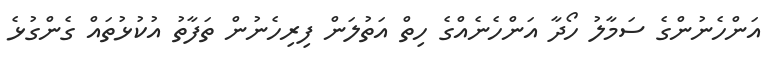
އަންހެނުންގެ ސަމާލު ހޯދާ އަންހެނެއްގެ ހިތް އަތުލަން ފިރިހެނުން ތަފާތު އުކުޅުތައް ގެންގުޅެ